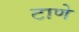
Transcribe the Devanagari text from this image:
टाणे